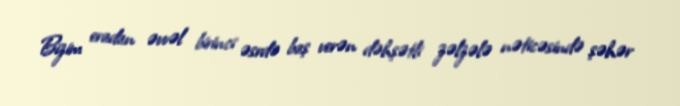
Bizim eradan əvvəl birinci əsrdə baş verən dəhşətli zəlzələ nəticəsində şəhər